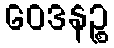
ဝေဒနဉ္စ